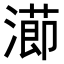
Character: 𭲝